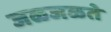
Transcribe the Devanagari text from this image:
जळजळते